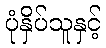
ပုံနှိပ်သူနှင့်